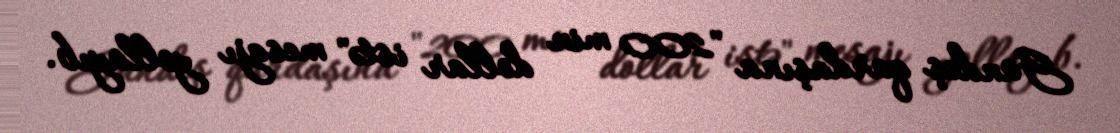
Gündeş qardaşına "200 min dollar istə" mesajı yollayıb.